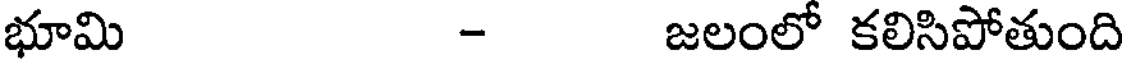
భూమి - జలంలో కలిసిపోతుంది